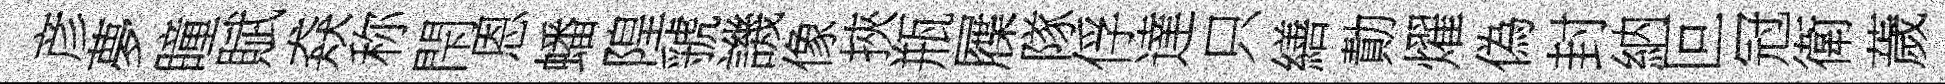
彦夢瞳賦猋称閇恩蟠隍虢譏像挾瓶屧隊俘達只繕勣燿偽封納叵冠衛薉